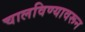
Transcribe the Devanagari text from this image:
चालविण्यावरून